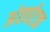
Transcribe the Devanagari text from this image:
अंतर्घटक